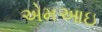
એમઆઇ